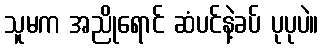
သူမက အညိုရောင် ဆံပင်နဲ့ခပ် ပုပုပဲ။